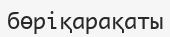
бөріқарақаты